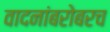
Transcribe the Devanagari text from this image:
वादनांबरोबरच